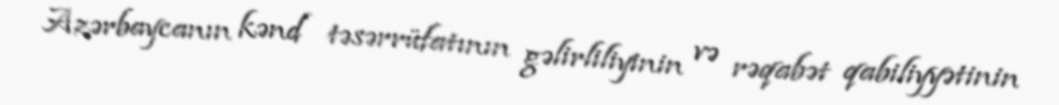
Azərbaycanın kənd təsərrüfatının gəlirliliyinin və rəqabət qabiliyyətinin